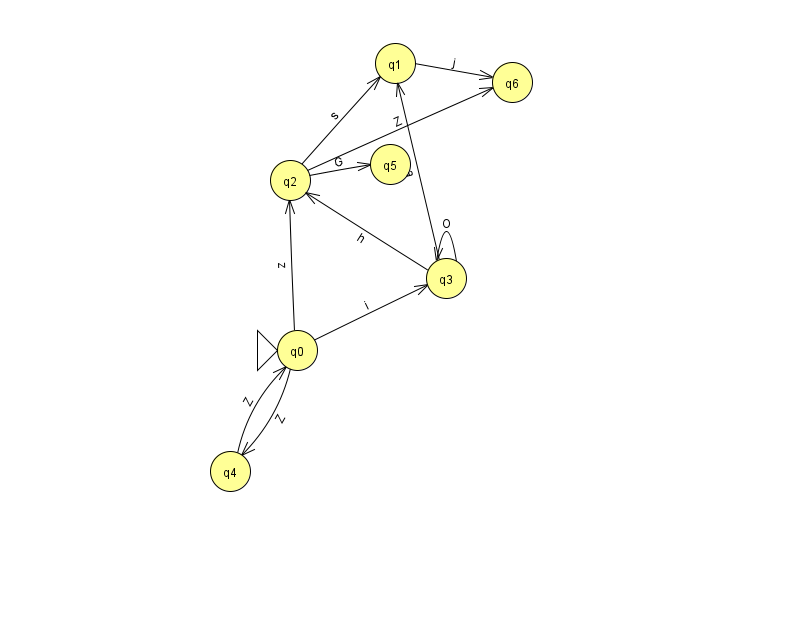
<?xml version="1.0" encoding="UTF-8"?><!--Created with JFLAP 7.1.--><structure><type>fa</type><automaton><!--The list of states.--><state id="0" name="q0"><x>297.0</x><y>337.0</y><initial/></state><state id="1" name="q1"><x>395.0</x><y>50.0</y></state><state id="2" name="q2"><x>290.0</x><y>167.0</y></state><state id="3" name="q3"><x>446.0</x><y>265.0</y></state><state id="4" name="q4"><x>230.0</x><y>458.0</y></state><state id="5" name="q5"><x>390.0</x><y>151.0</y></state><state id="6" name="q6"><x>512.0</x><y>69.0</y></state><!--The list of transitions.--><transition><from>0</from><to>3</to><read>i</read></transition><transition><from>3</from><to>2</to><read>h</read></transition><transition><from>1</from><to>6</to><read>j</read></transition><transition><from>0</from><to>4</to><read>Z</read></transition><transition><from>3</from><to>1</to><read>a</read></transition><transition><from>4</from><to>0</to><read>Z</read></transition><transition><from>0</from><to>2</to><read>z</read></transition><transition><from>2</from><to>5</to><read>G</read></transition><transition><from>2</from><to>6</to><read>Z</read></transition><transition><from>2</from><to>1</to><read>s</read></transition><transition><from>3</from><to>3</to><read>O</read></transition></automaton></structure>